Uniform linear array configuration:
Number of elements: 24
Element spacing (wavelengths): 0.75
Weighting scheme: hamming
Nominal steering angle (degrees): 45
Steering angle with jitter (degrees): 43.197
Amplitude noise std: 0.05
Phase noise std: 0.05

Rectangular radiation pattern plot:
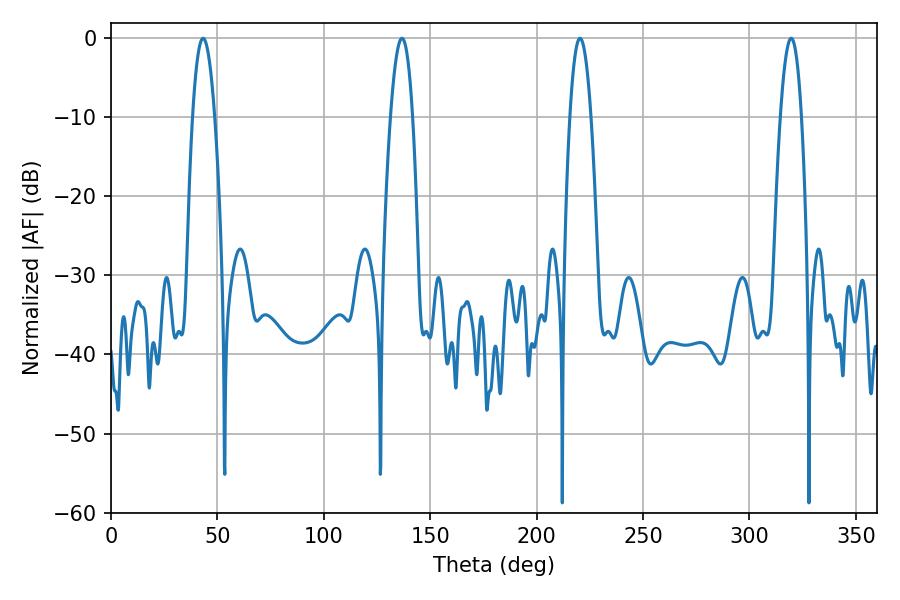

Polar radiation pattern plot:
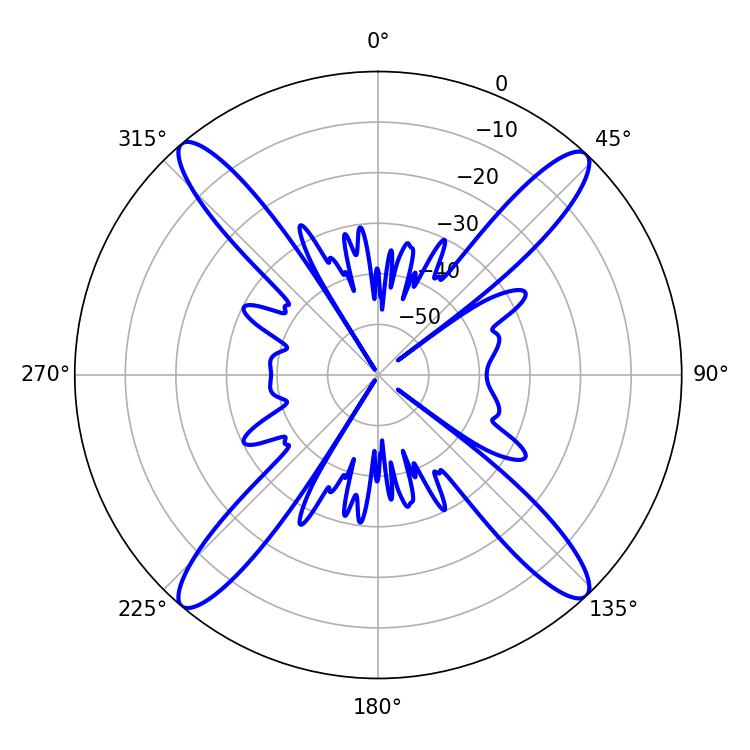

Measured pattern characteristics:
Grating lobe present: TRUE
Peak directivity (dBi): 21.348
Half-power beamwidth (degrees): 5.4
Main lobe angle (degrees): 220.32